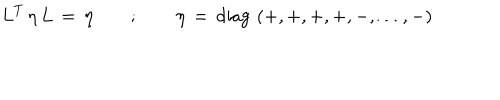
LaTeX: L ^ { T } \, \eta \, L \, = \, \eta \qquad ; \qquad \eta \, = \, \mathrm { d i a g } \, \left( + , + , + , + , - , \dots , - \right)